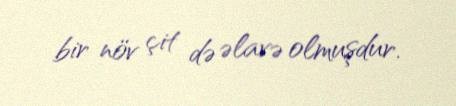
bir növ çit də əlavə olmuşdur.